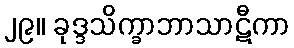
၂၉။ ခုဒ္ဒသိက္ခာဘာသာဋီကာ